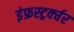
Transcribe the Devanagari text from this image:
इंफ्रस्ट्रर्क्चर